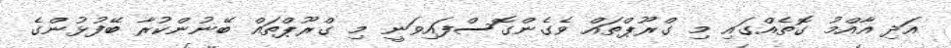
އަދި އާއްމު ގޮތެއްގައި މި ގްރޫޕްތައް ވެގެންގޮސްފައިވަނީ މި ގްރޫޕްތައް ބޭނުންކުރާ ބޭފުޅުންގެ